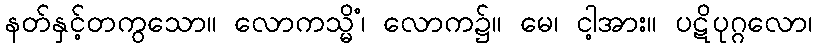
နတ်နှင့်တကွသော။ လောကသ္မိံ၊ လောက၌။ မေ၊ ငါ့အား။ ပဋိပုဂ္ဂလော၊